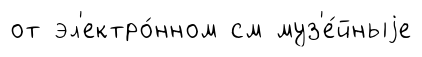
от эл'ектро́нном см муз'е́йныjе